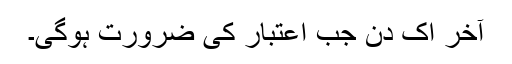
آخر اِک دن جب اعتبار کی ضرورت ہوگی۔